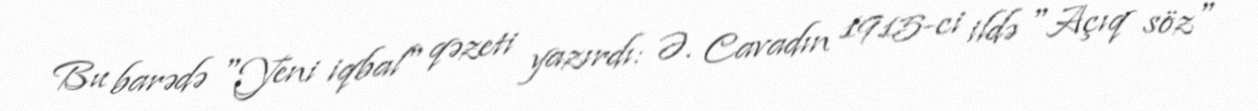
Bu barədə "Yeni iqbal" qəzeti yazırdı: Ə. Cavadın 1915-ci ildə "Açıq söz"